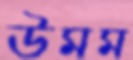
উমম